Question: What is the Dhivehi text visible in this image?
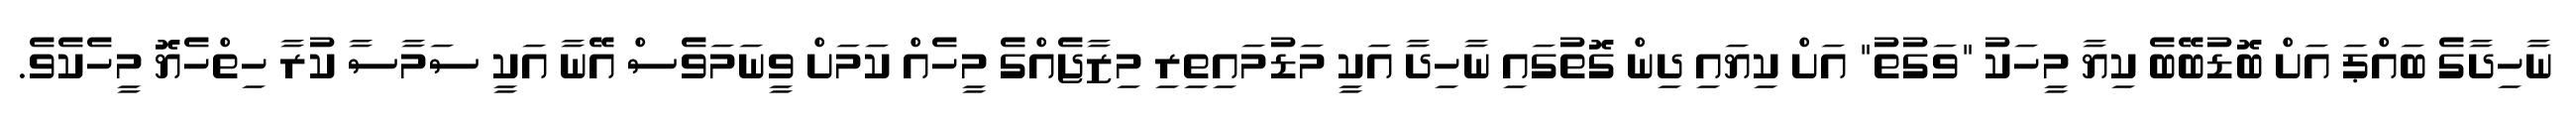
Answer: ނާހިދާގެ ބައްޕަ އަށް ބޮޑުބޭބެ ކިޔާ މީހަކު "ވަގުތު" އަށް ކިޔައި ދިން ގޮތުގައި ނާހިދާ އަކީ މަޑުމައިތިރި މިޒާޖެއްގެ މީހެއް ކަމަށް ވީނަމަވެސް އޭނާ އަކީ ސަމާސާ ކުރާ ހިތްހެޔޮ މީހެކެވެ.